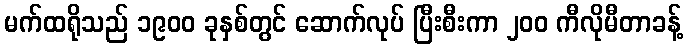
မက်ထရိုသည် ၁၉၀၀ ခုနှစ်တွင် ဆောက်လုပ် ပြီးစီးကာ ၂၀၀ ကီလိုမီတာခန့်